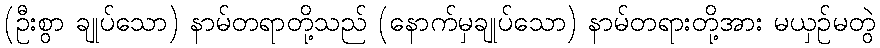
(ဦးစွာ ချုပ်သော) နာမ်တရာတို့သည် (နောက်မှချုပ်သော) နာမ်တရားတို့အား မယှဉ်မတွဲ